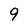
Character: 9